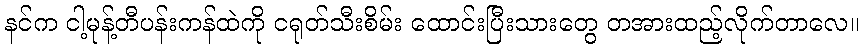
နင်က ငါ့မုန့်တီပန်းကန်ထဲကို ငရုတ်သီးစိမ်း ထောင်းပြီးသားတွေ တအားထည့်လိုက်တာလေ။